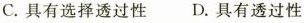
C.具有选择透过性 D.具有透过性